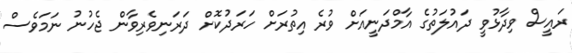
ރައީސް ވިދާޅުވީ ދައުލަތުގެ އާމްދަނީއަށް ވުރެ އިތުރަށް ހަރަދުކޮށް ދަރަނިވެރިވާން ޖެހުނު ނަމަވެސް